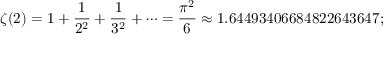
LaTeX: \zeta ( 2 ) = 1 + { \frac { 1 } { 2 ^ { 2 } } } + { \frac { 1 } { 3 ^ { 2 } } } + \cdots = { \frac { \pi ^ { 2 } } { 6 } } \approx 1 . 6 4 4 9 3 4 0 6 6 8 4 8 2 2 6 4 3 6 4 7 ;